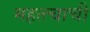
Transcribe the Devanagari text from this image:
महत्त्चाची